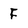
Character: F